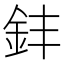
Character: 𫒊